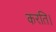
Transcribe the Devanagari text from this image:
करति।